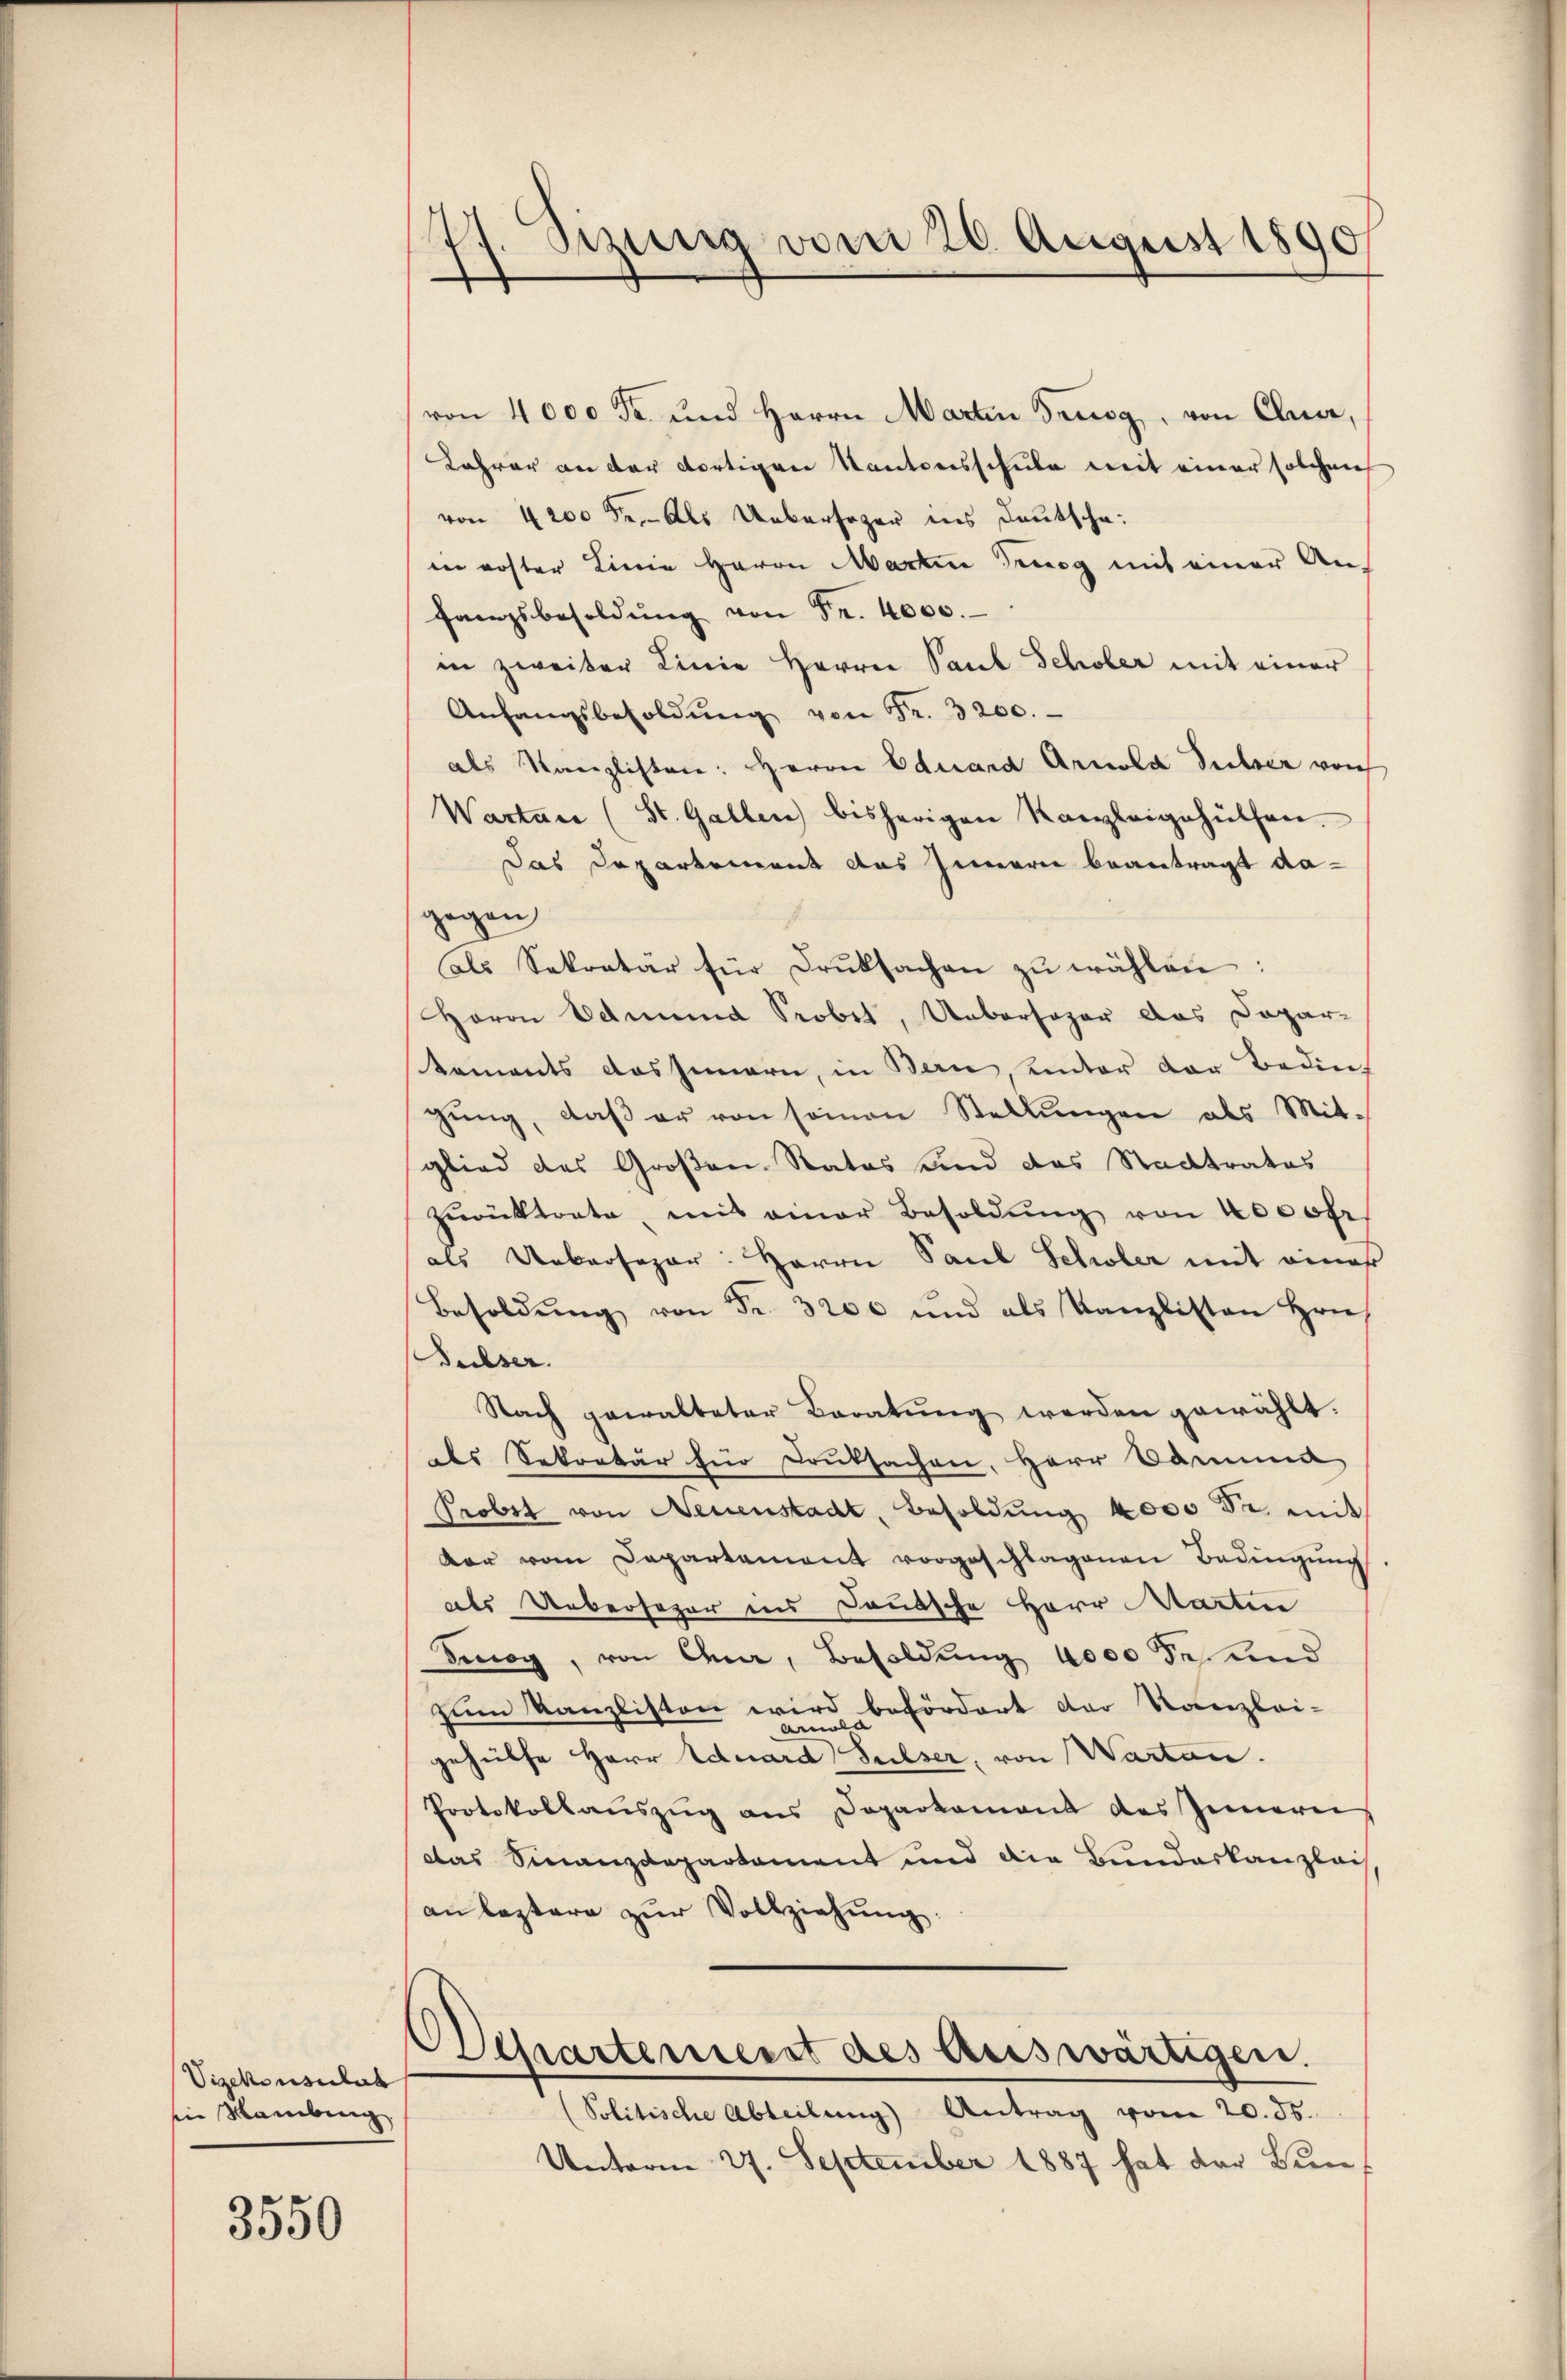
Vizekonsulat
in Hamburg

3550

1. Simina vom 26. August 1890
.

von 4000 Fr. und Herrn Marten Trugg, von Chur,
Jahrer an der dortigen Kantonsschule mit einer solchen
von 4200 Fr. - Als Uebersager ins Deutscha
in erster Linie Herrn Martin Trog mit einer Anfangsbesoldŭng von Fr. 4000.
in zweiter Linie Herren Paul Schober mit einer
Anfangsbesoldŭng von Fr. 3200.
als Kanzlisten: Herrn Eduard Arnold Sulzer von
Warten (St. Gallen bisherigen Kanzleigehülfen.
Das Departement das Innern beantragt dagegen
als Sekretär für Druksachen zŭ wählen:
Herrn Edmund Probet, Uebersogar das Dapar-
kaments das Innern, in Bern, unter der Bedin
gŭng, daß er von seinen Stellungen als Mit-
glied des Großen Rates und das Stadtratos
zŭrücktrate, mit einer Besoldŭng von Kosofr
als Uebersagar: Herrn Paul Schler mit eines
Besoldŭng von Fr. 3200 und als Kanzlisten Hrn.
Fulser.
Nach gewalteter Beratŭng werden gewählt.
des Sekretär für Druksachen, Herr Damma
Probst von Neuenstadt, Besoldung 4000 Fr. mit
dar vom Departement vorgeschlagenen Bedingung
als Uebersager ins Deutsche Herr Martin
Fog, von Ana, Besoldung 4000 Sekund
zum Kanzlisten wird befördert der Kanzlei-
Anla
gehülfe Herr Eduard Sulser, von Warten.
Protokollauszug aus Departement des Innern
Das Finanzdepartament und die Bundeskanzleis
an leztere zŭr Vollziehŭng.
Departement des Auswärtigen.
(Politische Abteilŭng Antrag vom 20. ds.
Unterm 27. September 1887 hat der Bun¬